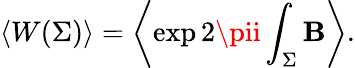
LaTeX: \left<W(\Sigma)\right>=\left<\exp2\pii\int_{\Sigma}\mathbf{B}\right>.